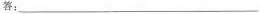
答：___